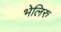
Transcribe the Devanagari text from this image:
भेलिरु